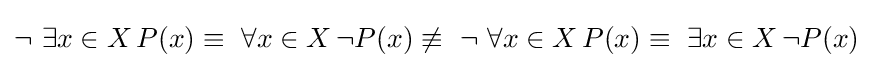
\lnot \ \exists x\in X\,P(x)\equiv \ \forall x\in X\,\lnot P(x)\not \equiv \ \lnot \ \forall x\in X\,P(x)\equiv \ \exists x\in X\,\lnot P(x)